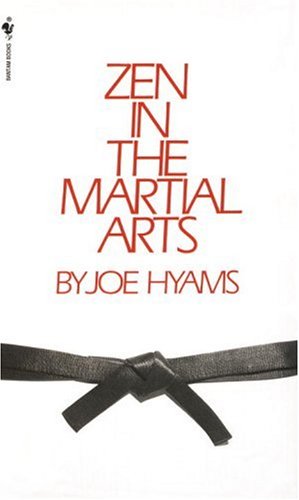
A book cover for Zen in the Martial Arts; Joe Hyams; Religion & Spirituality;